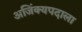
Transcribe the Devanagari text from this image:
अजिंक्यपदाला